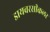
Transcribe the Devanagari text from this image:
डायवरसीकलर